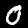
Digit: 0